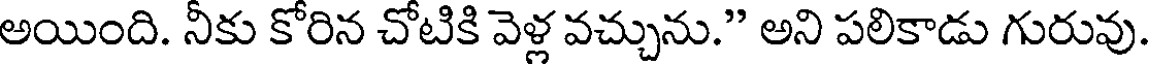
అయింది. నీకు కోరిన చోటికి వెళ్ల వచ్చును." అని పలికాడు గురువు.